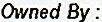
OWNED BY :